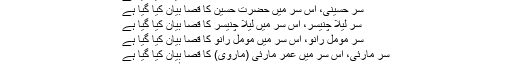
قصا بیان کیا گیا ہے
سر حسینی، اس سر میں حضرت حسین کا قصا بیان کیا گیا ہے
سر لیلا چنیسر، اس سر میں لیلا چنیسر کا قصا بیان کیا گیا ہے
سر مومل رانو، اس سر میں مومل رانو کا قصا بیان کیا گیا ہے
سر مارئی، اس سر میں عمر مارئی (ماروی) کا قصا بیان کیا گیا ہے
سر کاموڈ، اس سر میں ۔